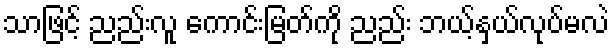
သာဖြင့် ညည်းလူ ကောင်းမြတ်ကို ညည်း ဘယ့်နှယ်လုပ်မလဲ